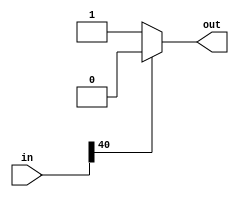
module comparator_512(in,out);
input[40:0]in;
output[0:0]out;

assign  out=(in[40])?{1'b0}:{1'b1};

endmodule